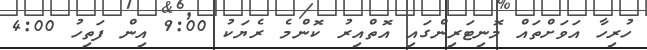
ހުރިހާ އަވަށްތައް މޮނިޓަރިންގައި އޮތްއިރު ކޮންމެ ރެޔަކު 9:00 އިން ފަތިހު 4:00